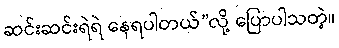
ဆင်းဆင်းရဲရဲ နေရပါတယ်”လို့ ပြောပါသတဲ့။